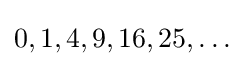
0,1,4,9,16,25,\ldots